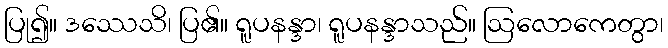
ပြု၍။ ဒဿေသိ၊ ပြ၏။ ရူပနန္ဒာ၊ ရူပနန္ဒာသည်။ ဩလောကေတွာ၊